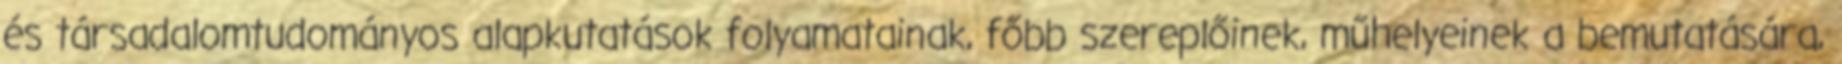
és társadalomtudományos alapkutatások folyamatainak, főbb szereplőinek, műhelyeinek a bemutatására,